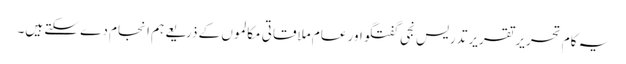
یہ کام تحریر تقریر تدریس نجی گفتگو اور عام ملاقاتی مکالموں کے ذریعے ہم انجام دے سکتے ہیں۔